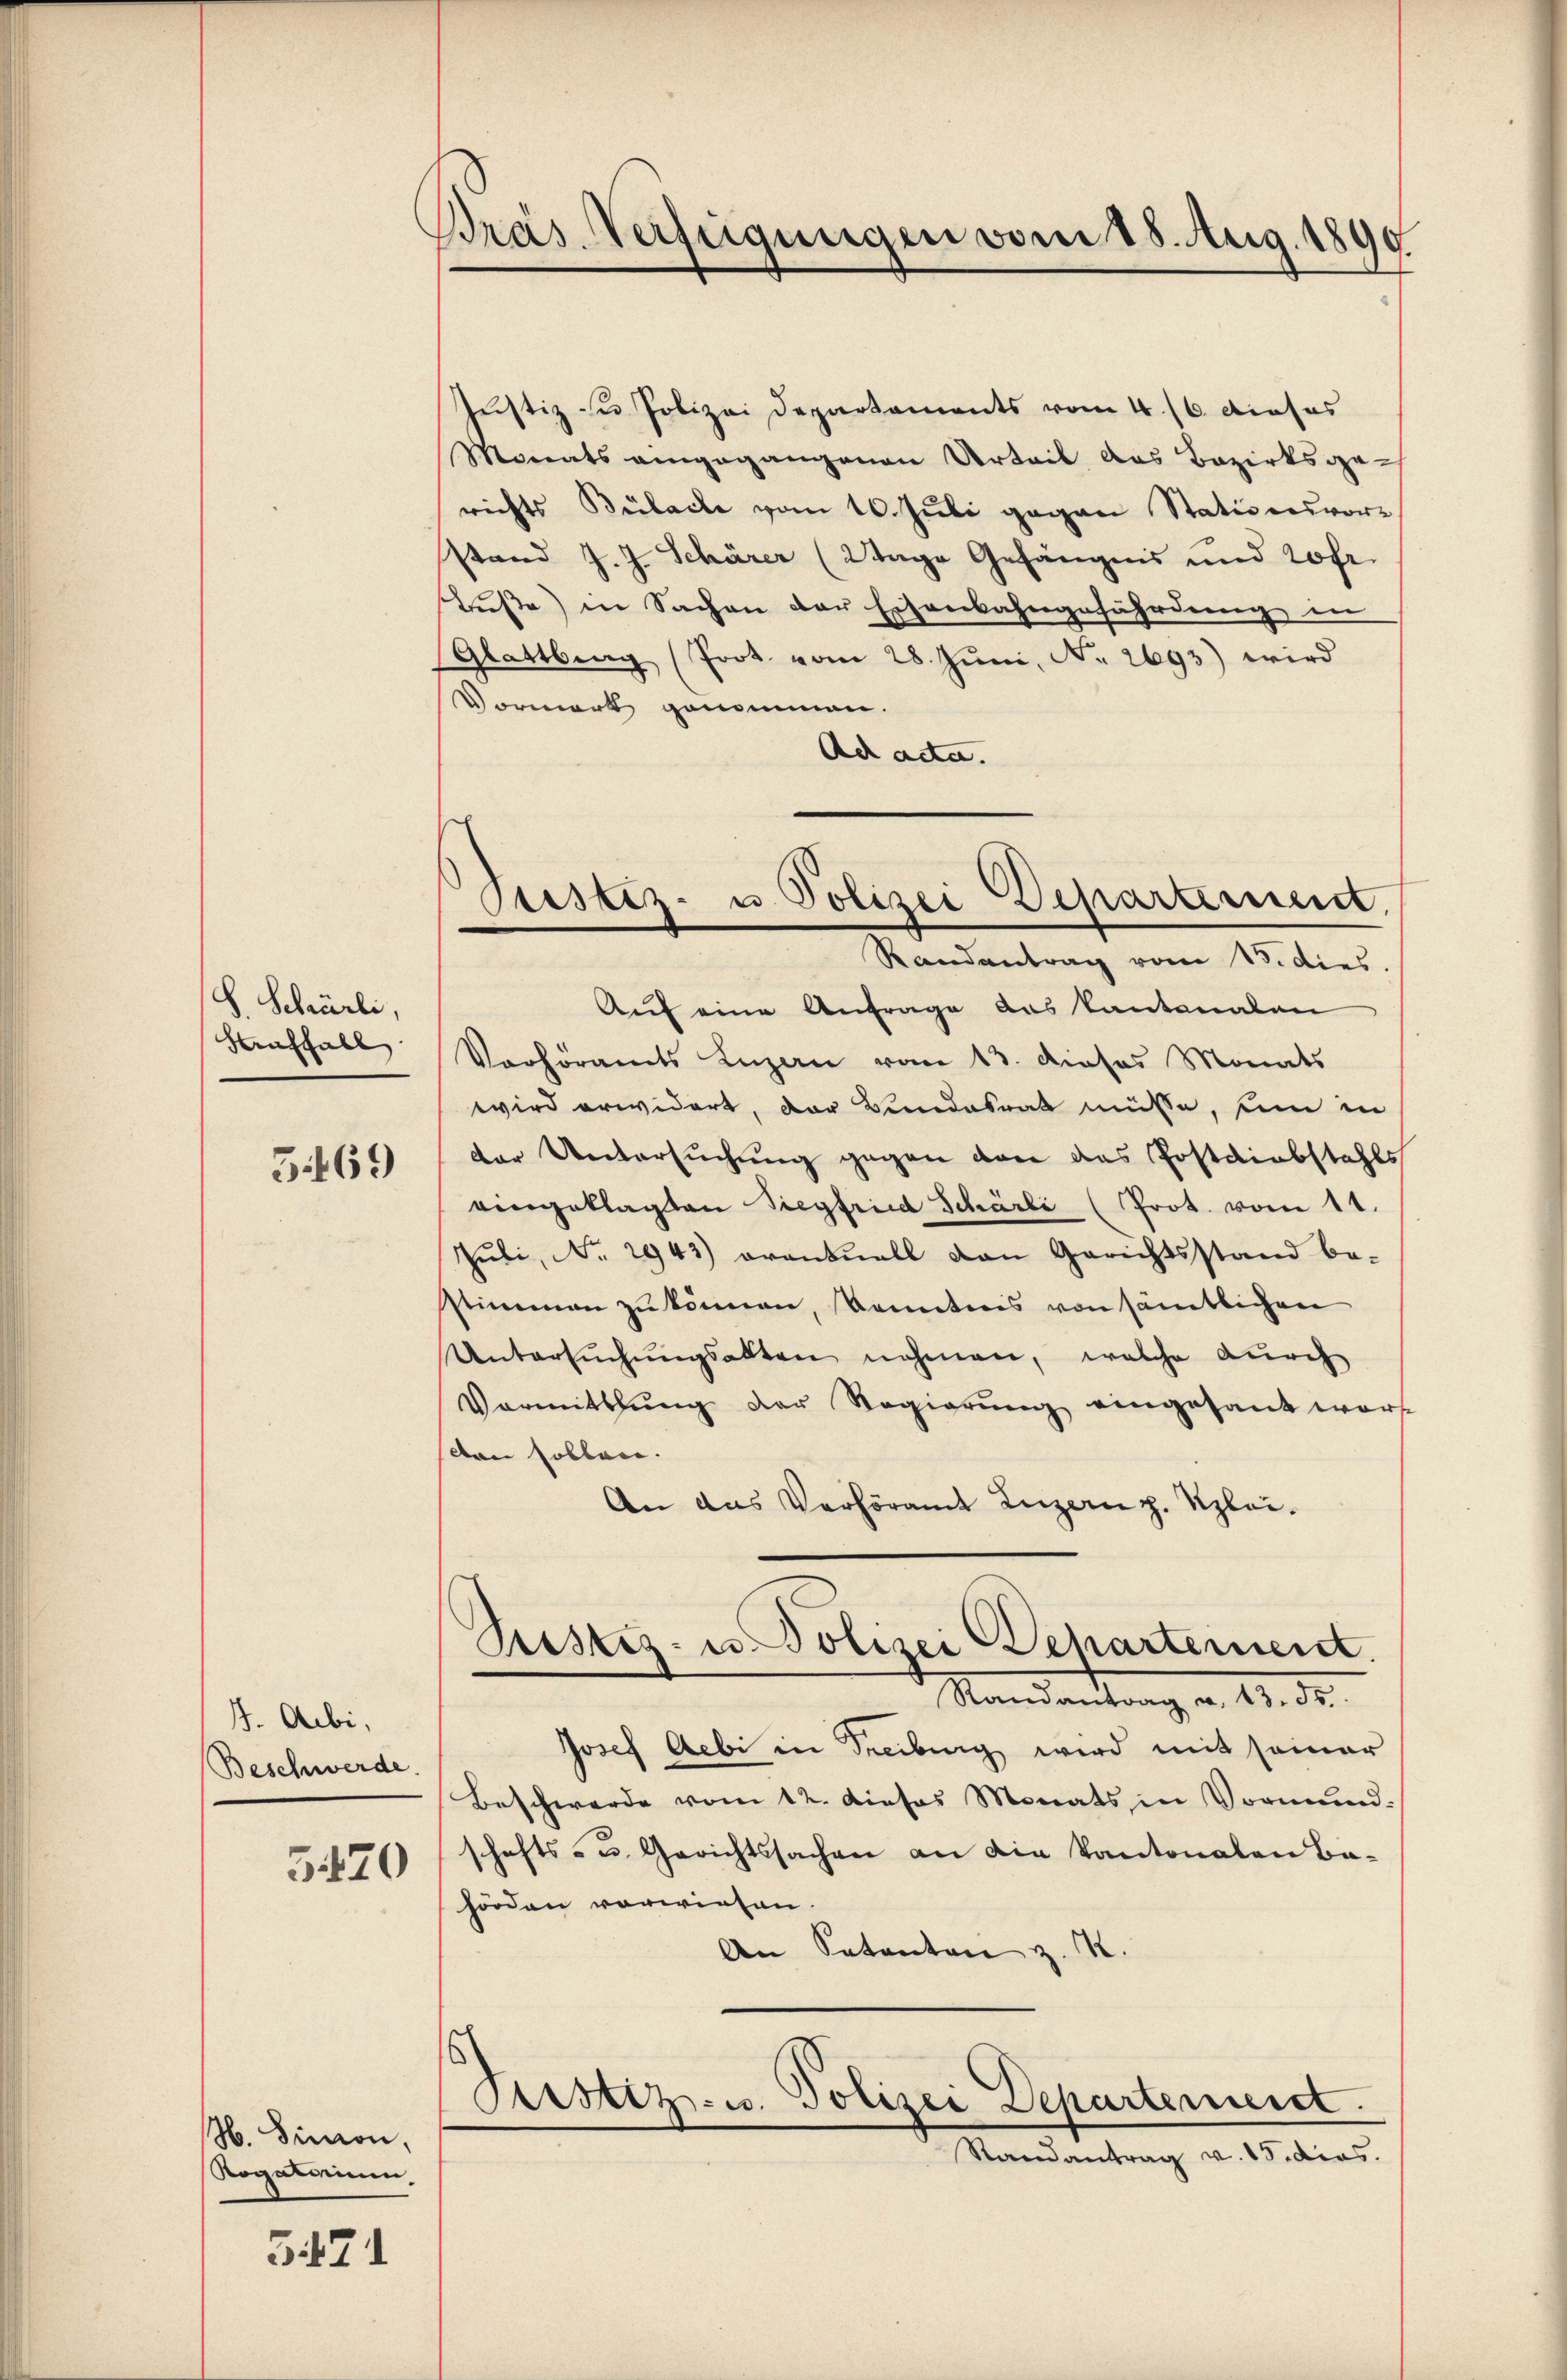
S. Schürli,
Haffall

3469

4. Aubi,
Beschwerde.

5420

H. Simon,
Rogatorium

5471

Präs. Verfügungen vom 18. Aug. 1890

Justiz- u. Polizei Departaments vom 4. 16. dieses
Monats angegangenau Urteil das Bezirksgerichts Bülache vom 10. Jŭli gegen Stationsvor-
stand J. J. Schärer (Wage Gefängnis und 20fr.
Tuße) in Sachen der Eisenbahngefährdung in
Glattberg (Prot. vom 28. Jŭni, No. 2693) wird
Vormerk genommen.
Ad acta.

Bestiz- u. Polizei Departement
Randantrag vom 15. dies

Auf eine Anfrage das Kantonalen
Verhöramts Luzern vom 13. dieses Monats
wird erwidert, der Bundesrat müsse, um in
der Untersuchung gegen von das Postdiebstahls
eingeklagten Siegfried Schärli (Prot. vom 11.
Jubi, No. 2943) orantuell von Gerichtsstand be-
stimmen zŭ können, konntnis von sämtlichen
Untersŭchŭngsakten nehmen, welche durch
Vormittlung der Regierŭng eingesant wart
den sollen.
An das Verhöramt Luzern z. Klei¬

Sistiz- u. Polizei Departement.
Mandantrag a. 12. ds.

Justiz- u. Polizei Departement.
Randantrag v. 15. dras.

Josef Aebi in Treiburg wird mit seiner
Beschwerde vom 12. dieses Monats in Vormund:
schafts- u. Gerichtssachen an die Kantonalen Ba-
hörden vorwiesen
An Satenten z. R.